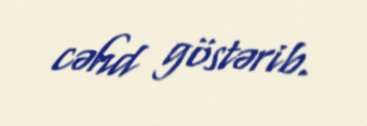
cəhd göstərib.